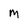
Character: M